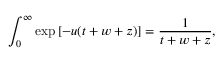
\int _ { 0 } ^ { \infty } \exp \left[ - u ( t + w + z ) \right] = \frac { 1 } { t + w + z } ,